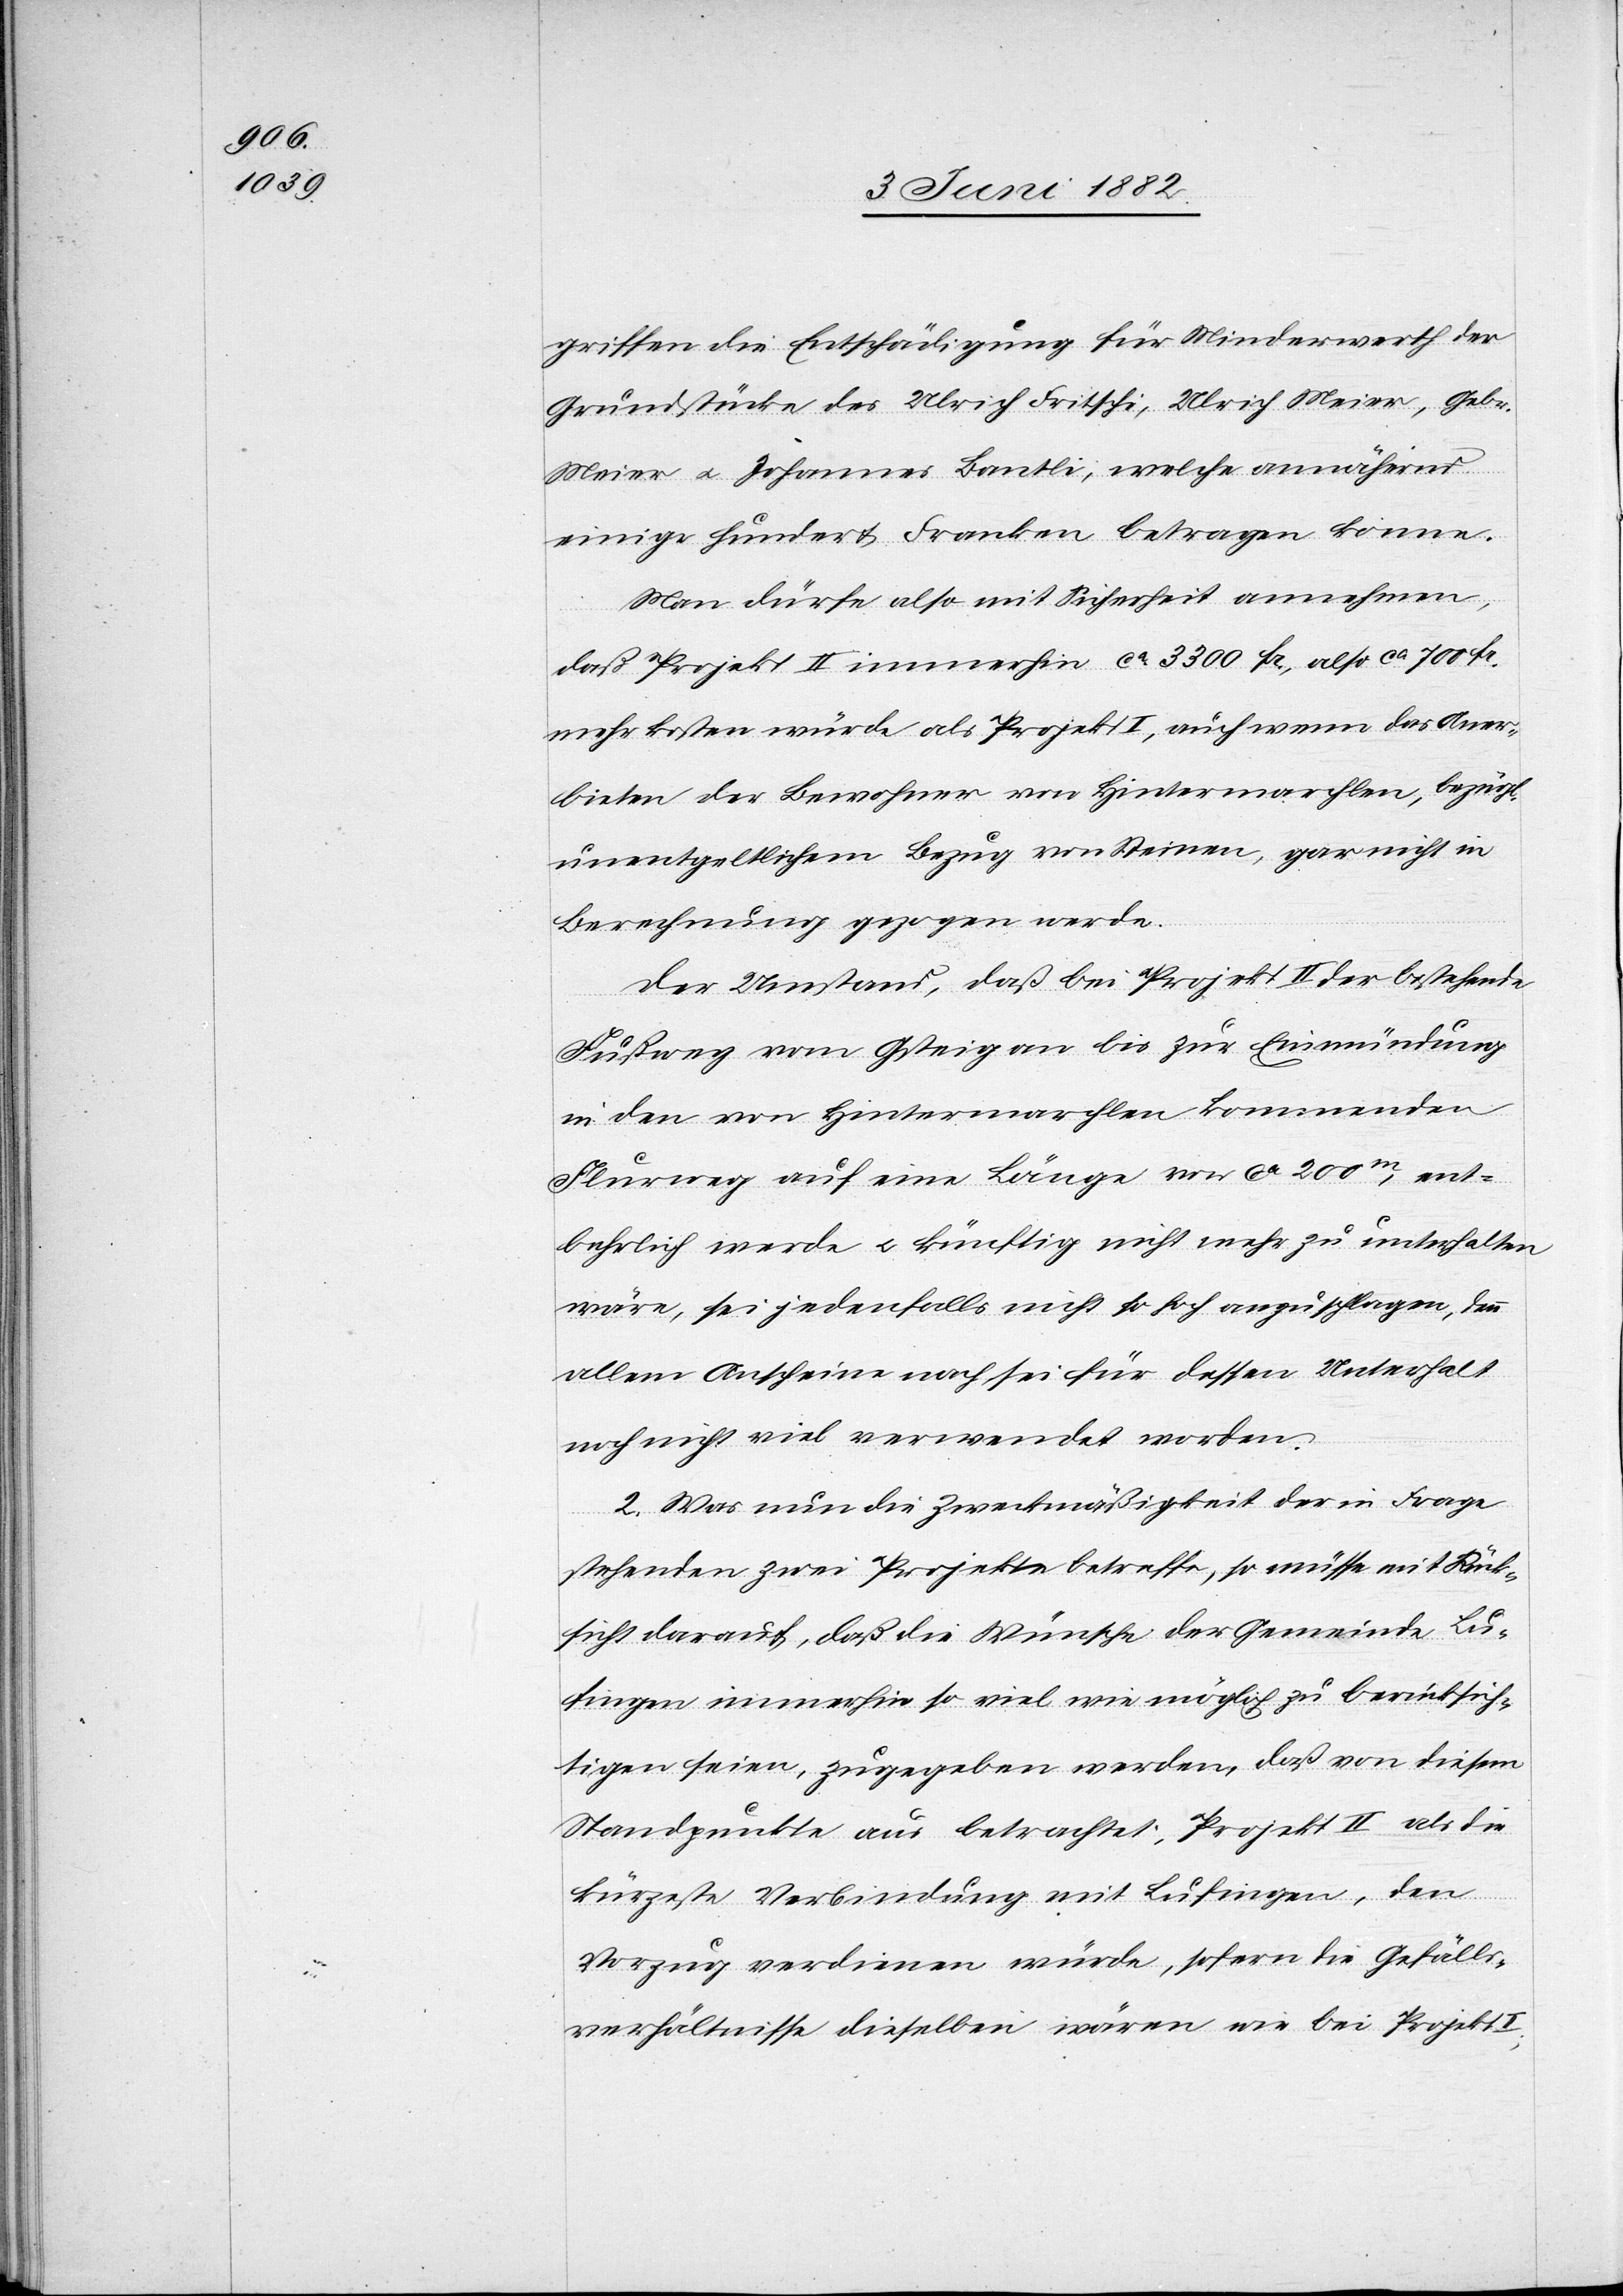
griffen die Entschädigung für Minderwerth der
Grundstücke des Ulrich Fritschi, Ulrich Meier, Gebr.
Meier u. Johannes Bantli, welche annähernd
einige hundert Franken betragen können.
Man dürfte also mit Sicherheit annehmen,
daß Projekt II immerhin ca 3300 Fr., also ca 700 Fr.
mehr kosten würde, als Projekt I, auch wenn das Aner¬
bieten der Bewohner von Hintermarchlen, bezüg¬
unentgeltlichen Bezug von Steinen, gar nicht in
Berechnung gezogen werde.
Der Umstand, daß bei Projekt II der bestehende
Fußweg vom Gsteig an bis zu Einmündung
in den von Hintermarchlen kommenden
Flurweg auf eine Länge von ca 200m, ent¬
behrlich werde u. künftig nicht mehr zu unterhalten
wäre, sei jedenfalls nicht so hoch anzuschlagen, denn
allem Anschein nach sei für dessen Unterhalt
noch nicht viel verwendet worden.
2. Was nun die Zweckmäßigkeit der in Frage
stehenden zwei Projekte betreffe, so müsse mit Rück¬
sicht darauf, daß die Wünsche der Gemeinde Lu¬
fingen immerhin so viel wie möglich zu berücksich¬
tigen seien, zugegeben werden, daß von diesem
Standpunkt aus betrachtet, Projekt II als die
l.
kürzeste Verbindung mit Lufingen, den
Vorzug verdienen würde, sofern die Gefälls¬
verhältnisse dieselben wären wie bei Projekt